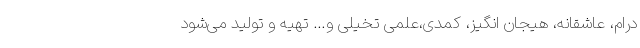
درام، عاشقانه، هیجان انگیز، کمدی،علمی تخیلی و… تهیه و تولید می‌شود